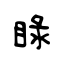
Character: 睩